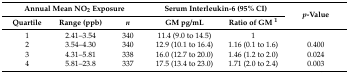
<table><thead><tr><td colspan="3"><b>Annual Mean NO<sub>2</sub> Exposure</b></td><td colspan="2"><b>Serum Interleukin-6 (95% CI)</b></td><td rowspan="2"><b><i>p</i>-Value</b></td></tr><tr><td><b>Quartile</b></td><td><b>Range (ppb)</b></td><td><b><i>n</i></b></td><td><b>GM pg/mL</b></td><td><b>Ratio of GM <sup>1</sup></b></td></tr></thead><tbody><tr><td>1</td><td>2.41–3.54</td><td>340</td><td>11.4 (9.0 to 14.5)</td><td>1</td><td></td></tr><tr><td>2</td><td>3.54–4.30</td><td>340</td><td>12.9 (10.1 to 16.4)</td><td>1.16 (0.1 to 1.6)</td><td>0.400</td></tr><tr><td>3</td><td>4.31–5.81</td><td>338</td><td>16.0 (12.7 to 20.0)</td><td>1.46 (1.2 to 2.0)</td><td>0.024</td></tr><tr><td>4</td><td>5.81–23.8</td><td>337</td><td>17.5 (13.4 to 23.0)</td><td>1.71 (2.0 to 2.4)</td><td>0.003</td></tr></tbody></table>